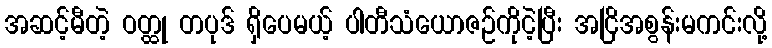
အဆင့်မီတဲ့ ဝတ္ထု တပုဒ် ရှိပေမယ့် ပါတီသံယောဇဉ်ကိုငဲ့ပြီး အငြိအစွန်းမကင်းလို့